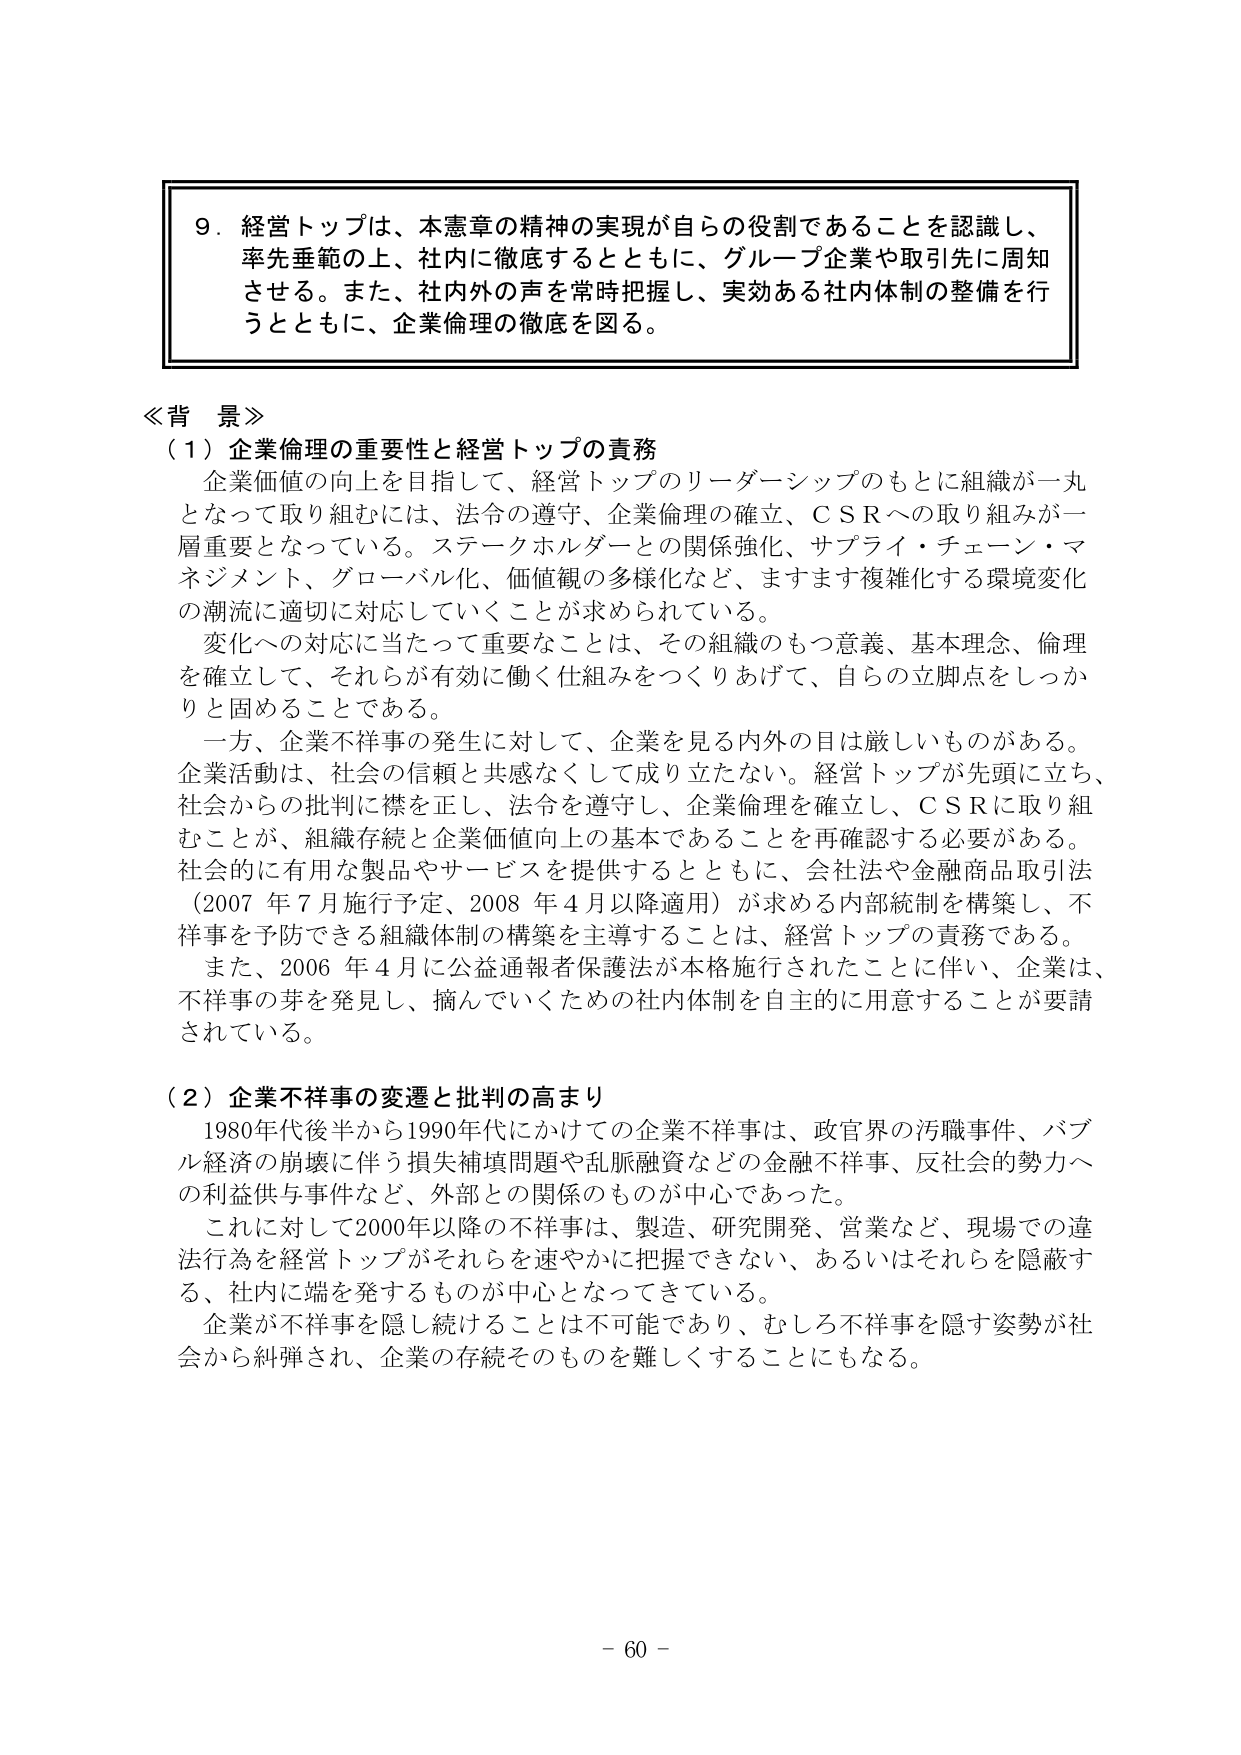
９．経営トップは、本憲章の精神の実現が自らの役割であることを認識し、
率先垂範の上、社内に徹底するとともに、グループ企業や取引先に周知
させる。また、社内外の声を常時把握し、実効ある社内体制の整備を行
うとともに、企業倫理の徹底を図る。

≪背景≫
（１）企業倫理の重要性と経営トップの責務
　企業価値の向上を目指して、経営トップのリーダーシップのもとに組織が一丸
となって取り組むには、法令の遵守、企業倫理の確立、ＣＳＲへの取り組みが一
層重要となっている。ステークホルダーとの関係強化、サプライ・チェーン・マ
ネジメント、グローバル化、価値観の多様化など、ますます複雑化する環境変化
の潮流に適切に対応していくことが求められている。
　変化への対応に当たって重要なことは、その組織のもつ意義、基本理念、倫理
を確立して、それらが有効に働く仕組みをつくりあげて、自らの立脚点をしっか
りと固めることである。
　一方、企業不祥事の発生に対して、企業を見る内外の目は厳しいものがある。
企業活動は、社会の信頼と共感なくして成り立たない。経営トップが先頭に立ち、
社会からの批判に襟を正し、法令を遵守し、企業倫理を確立し、ＣＳＲに取り組
むことが、組織存続と企業価値向上の基本であることを再確認する必要がある。
社会的に有用な製品やサービスを提供するとともに、会社法や金融商品取引法
（2007年7月施行予定、2008年4月以降適用）が求める内部統制を構築し、不
祥事を予防できる組織体制の構築を主導することは、経営トップの責務である。
　また、2006年4月に公益通報者保護法が本格施行されたことに伴い、企業は、
不祥事の芽を発見し、摘んでいくための社内体制を自主的に用意することが要請
されている。

（２）企業不祥事の変遷と批判の高まり
　1980年代後半から1990年代にかけての企業不祥事は、政官界の汚職事件、バブ
ル経済の崩壊に伴う損失補填問題や乱脈融資などの金融不祥事、反社会的勢力へ
の利益供与事件など、外部との関係のものが中心であった。
　これに対して2000年以降の不祥事は、製造、研究開発、営業など、現場での違
法行為を経営トップがそれらを速やかに把握できない、あるいはそれらを隠蔽す
る、社内に端を発するものが中心となってきている。
　企業が不祥事を隠し続けることは不可能であり、むしろ不祥事を隠す姿勢が社
会から糾弾され、企業の存続そのものを難しくすることにもなる。

－ 60 －